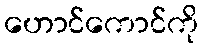
ဟောင်ကောင်ကို